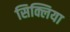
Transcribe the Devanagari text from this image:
सिक्लिया